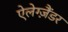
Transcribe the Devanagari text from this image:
ऐलेग्ज़ैंडर